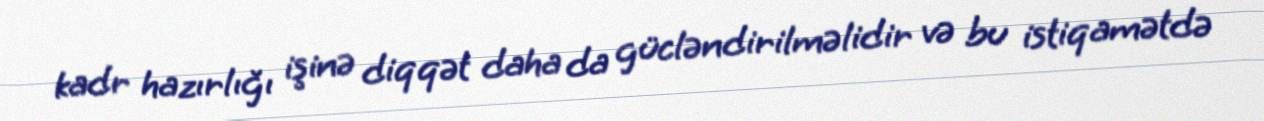
kadr hazırlığı işinə diqqət daha da gücləndirilməlidir və bu istiqamətdə